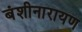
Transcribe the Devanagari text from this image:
बंशीनारायण